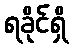
ရခိုင်ရှိ